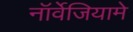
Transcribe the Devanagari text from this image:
नॉर्वेजियामे